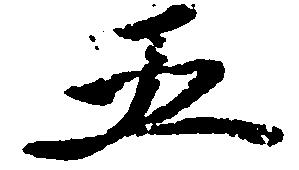
五